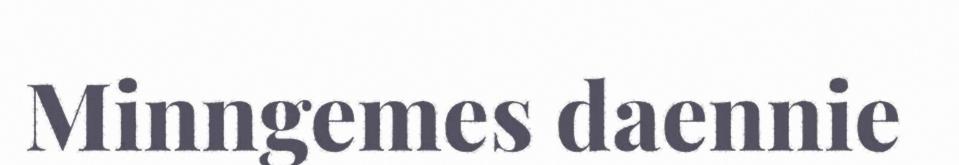
Minngemes daennie